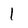
Character: 1